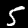
Label: 5